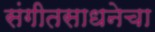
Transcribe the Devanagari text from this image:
संगीतसाधनेचा